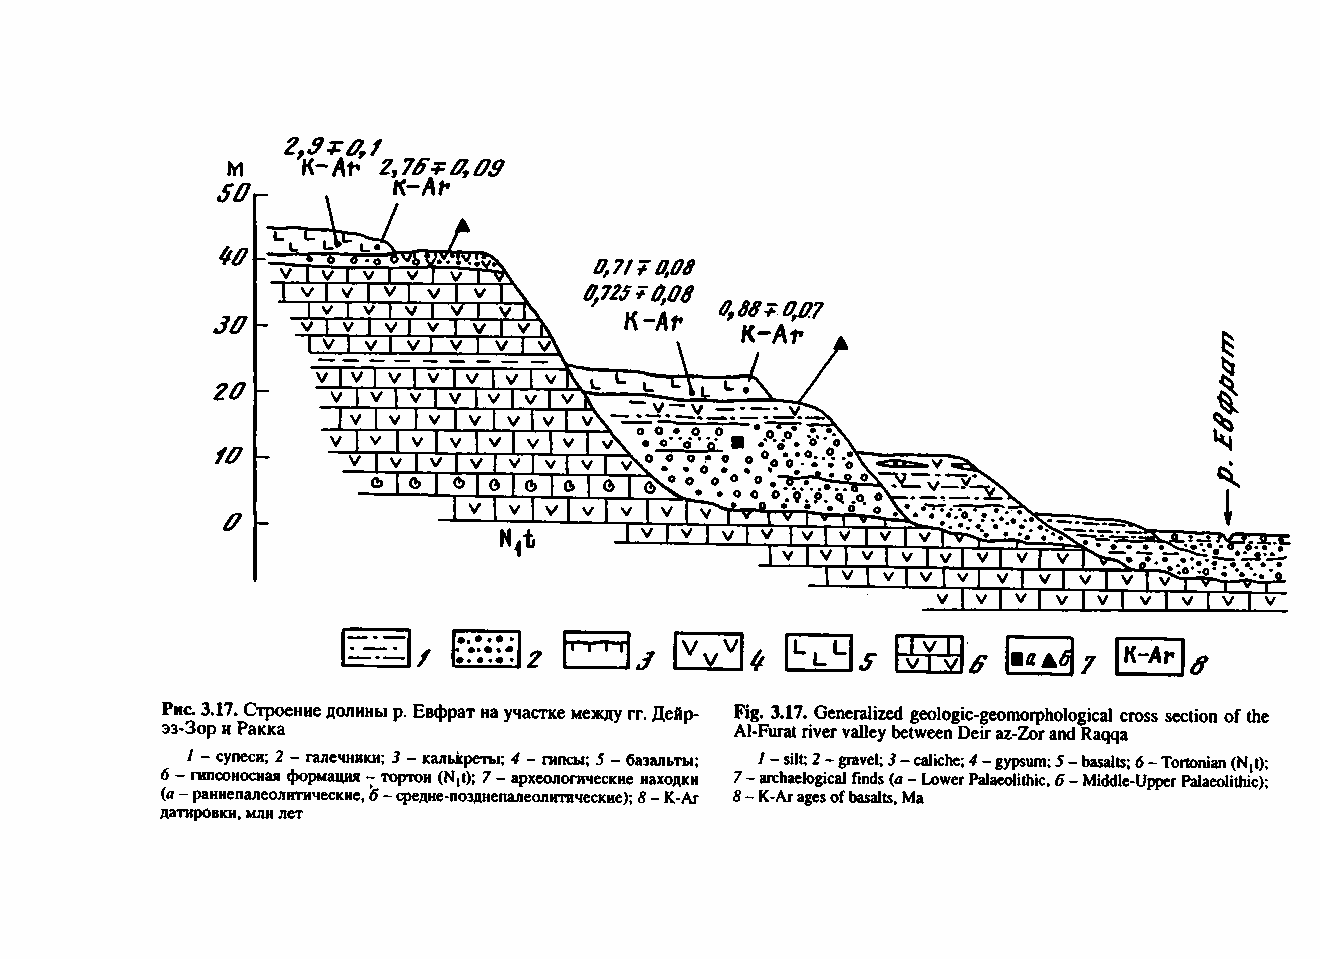
гттт           44j-   ш             K-Ar a
 J                 vTv
 Phc. 3.17. Строение долины p. Евфрат на участке между гг. Дейр- Fig. 3.17. Generalized geologic-geomorphological cross section of the
 эз-Зор и Ракка У                      Al-Furat river valley between Deir az-Zor and Raqqa
 У - супеси; 2 - галечники; 3 - калькреты; 4 - гипсы; 5 - базальты; 1 - silt; 2 - gravel; 3 - caliche; 4 - gypsum; 5 - basalts; 6 - Tortonian (N,t);
 6 - гипсоносная формация - тортон (N,t); 7 - археологические находки 7 - archaelogical finds (<а - Lower Palaeolithic, 6 - Middle-Upper Palaeolithic);
 (а - раннепалеолитические, Ь - средне-позднепалеолитические); 8 - К-Аг 8 - K-Аг ages of basalts, Ma
 датировки, млн лет